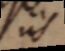
iis